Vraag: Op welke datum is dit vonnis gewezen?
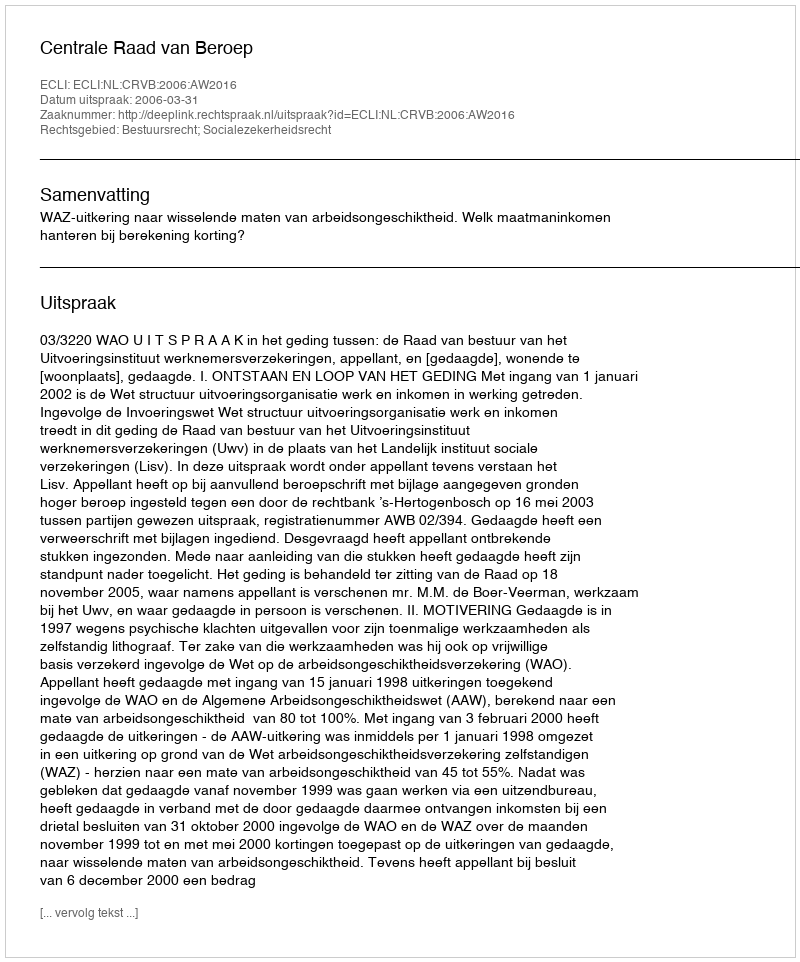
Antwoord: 2006-03-31